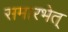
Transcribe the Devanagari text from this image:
समारभेत्